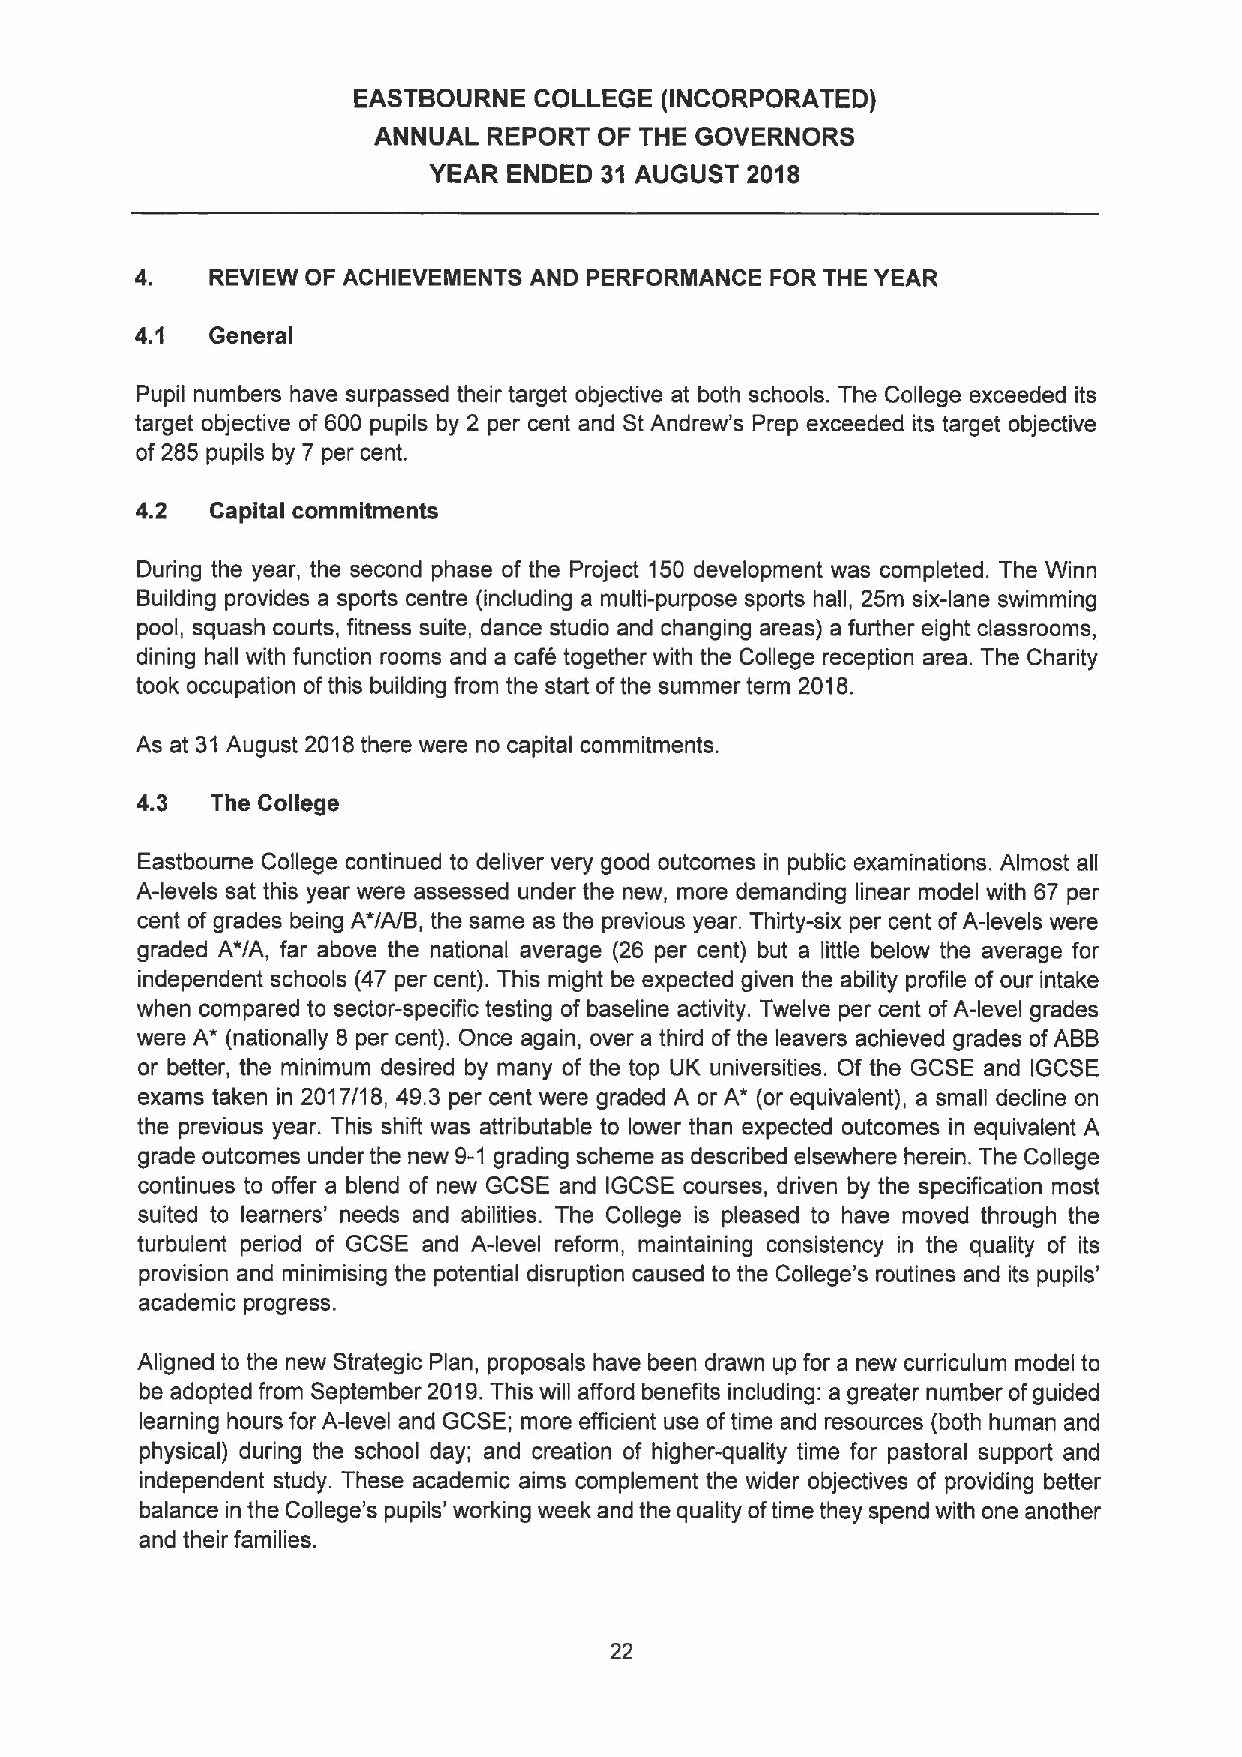
EASTBOURNE  COLLEGE  (INCORPORATED)
 ANNUAL REPORT  OF THE GOVERNORS
 YEAR  ENDED 31 AUGUST 2018
 4.   REVIEW OF ACHIEVEMENTS AND PERFORMANCE FOR THE YEAR
 4.1  General
 Pupil numbers have surpassed their target objective at both schools. The College exceeded its
 target objective of 600 pupils by 2 per cent and St Andrew's Prep exceeded its target objective
 of 285 pupils by 7 per cent.
 4.2  Capital commitments
 During the year, the second phase of the Project 150 development was completed. The Winn
 Building provides a sports centre (including a multi-purpose sports hall, 25m six-lane swimming
 pool, squash courts, fitness suite, dance studio and changing areas) a further eight classrooms,
 dining hall with function rooms and a cafe together with the College reception area. The Charity
 took occupation ofthis building from the start ofthe summer term 2018.
 As at 31 August 2018there were no capital commitments.
 4.3  The College
 Eastbourne College continued to deliver very good outcomes in public examinations. Almost all
 A-levels sat this year were assessed under the new, more demanding linear model with 67 per
 cent ofgrades being A"/A/B, the same as the previous year. Thiity-six per cent ofA-levels were
 graded A'/A, far above the national average (26 per cent) but a little below the average for
 independent schools (47 per cent). This might be expected given the ability profile of our intake
 when compared to sector-specific testing of baseline activity. Twelve per cent ofA-level grades
 were A* (nationally 8 per cent). Once again, over a third ofthe leavers achieved grades ofABB
 or better, the minimum desired by many of the top UK universities. Of the GCSE and IGCSE
 exams taken in 2017/18, 49.3 per cent were graded A or A' (or equivalent), a small decline on
 the previous year. This shift was attributable to lower than expected outcomes in equivalent A
 grade outcomes under the new 9-1 grading scheme as described elsewhere herein. The College
 continues to offer a blend of new GCSE and IGCSE courses, driven by the specification most
 suited to learners' needs and abilities. The College is pleased to have moved through the
 turbulent period of GCSE and A-level reform, maintaining consistency in the quality of its
 provision and minimising the potential disruption caused to the College's routines and its pupils'
 academic progress.
 Aligned to the new Strategic Plan, proposals have been drawn up for a new curriculum model to
 be adopted from September 2019.This will afford benefits including: a greater number ofguided
 learning hours for A-level and GCSE; more efficient use oftime and resources (both human and
 physical) during the school day; and creation of higher-quality time for pastoral support and
 independent study. These academic aims complement the wider objectives of providing better
 balance in the College's pupils' working week and the quality oftime they spend with one another
 and their families.
 22